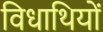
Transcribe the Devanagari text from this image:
विधाथियों